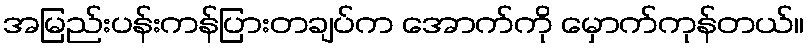
အမြည်းပန်းကန်ပြားတချပ်က အောက်ကို မှောက်ကုန်တယ်။